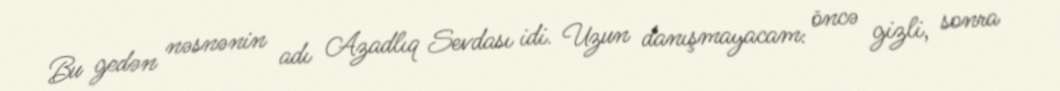
Bu gedən nəsnənin adı Azadlıq Sevdası idi. Uzun danışmayacam: öncə gizli, sonra